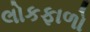
લોકફાળો